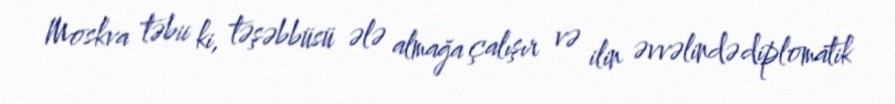
Moskva təbii ki, təşəbbüsü ələ almağa çalışır və ilin əvvəlində diplomatik